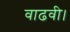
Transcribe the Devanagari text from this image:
वाढवी।